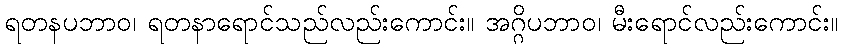
ရတနပဘာဝ၊ ရတနာရောင်သည်လည်းကောင်း။ အဂ္ဂိပဘာဝ၊ မီးရောင်လည်းကောင်း။